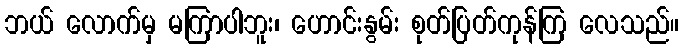
ဘယ် လောက်မှ မကြာပါဘူး၊ ဟောင်းနွမ်း စုတ်ပြတ်ကုန်ကြ လေသည်။